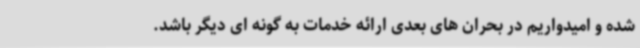
شده و امیدواریم در بحران های بعدی ارائه خدمات به گونه ای دیگر باشد.